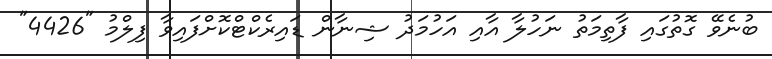
ބުނެވޭ ގޮތުގައި ފާތިމަތު ނަހުލާ އާއި އަހުމަދު ޝިނާން ޑައިރެކްޓްކޮށްފައިވާ ފިލްމު "4426"